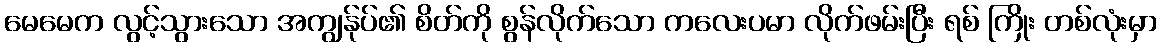
မေမေက လွင့်သွားသော အကျွန်ုပ်၏ စိတ်ကို စွန်လိုက်သော ကလေးပမာ လိုက်ဖမ်းပြီး ရစ် ကြိုး တစ်လုံးမှာ